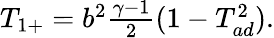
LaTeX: \begin{array}{r}{T_{1+}=b^{2}\frac{\gamma-1}{2}(1-T_{ad}^{2}).}\end{array}